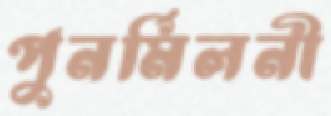
পুনর্মিলনী